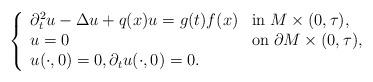
LaTeX: \begin{align*}\left\{\begin{array}{lll} \partial _t^2 u - \Delta u + q(x)u = g(t)f(x) &\mbox{in}\; M \times (0,\tau), \\u = 0 &\mbox{on}\; \partial M \times (0,\tau), \\u(\cdot ,0) = 0,\partial_t u (\cdot ,0) = 0.\end{array}\right.\end{align*}